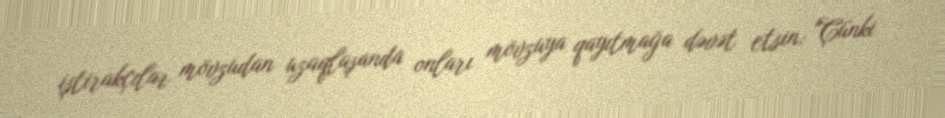
iştirakçılar mövzudan uzaqlaşanda onları mövzuya qayıtmağa dəvət etsin: "Çünki